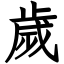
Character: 歲